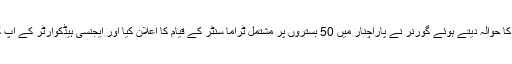
قبائلی زعماء کے مطالبات کا حوالہ دیتے ہوئے گورنر نے پاراچنار میں 50 بستروں پر مشتمل ٹراما سنٹر کے قیام کا اعلان کیا اور ایجنسی ہیڈکوارٹر کے اپ گریڈیشن کی بھی ہدایت کی۔